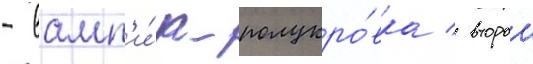
- вамп'и́р-полукро́вка / второи